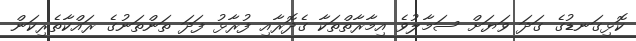
ކޮޅިގަނޑުގެ ގަދަ ވަޔަށް ސަމާލުވެ އިމާރާތްތަކާ ގެދޮރާއި ފުރާޅު ފަދަ ތަންތަނުގެ ރައްކާތެރިކަން